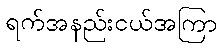
ရက်အနည်းငယ်အကြာ